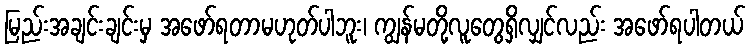
မြည်းအချင်းချင်းမှ အဖော်ရတာမဟုတ်ပါဘူး၊ ကျွန်မတို့လူတွေရှိလျှင်လည်း အဖော်ရပါတယ်